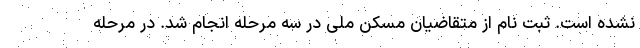
نشده است. ثبت نام از متقاضیان مسکن ملی در سه مرحله انجام شد. در مرحله